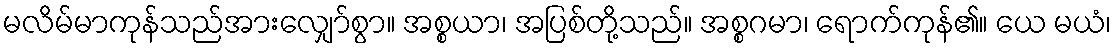
မလိမ်မာကုန်သည်အားလျှော်စွာ။ အစ္စယာ၊ အပြစ်တို့သည်။ အစ္စဂမာ၊ ရောက်ကုန်၏။ ယေ မယံ၊